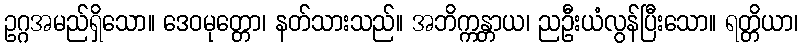
ဥဂ္ဂအမည်ရှိသော။ ဒေဝမုတ္တော၊ နတ်သားသည်။ အဘိက္ကန္တာယ၊ ညဦးယံလွန်ပြီးသော။ ရတ္တိယာ၊